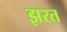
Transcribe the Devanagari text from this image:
झरत